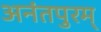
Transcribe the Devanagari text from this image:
अनंतपुरम्